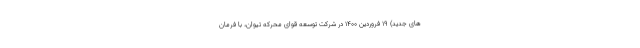
های جدید) ۱۹ فروردین ۱۴۰۰ در شرکت توسعه قوای محرکه تیوان، با فرمان